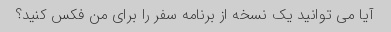
آیا می توانید یک نسخه از برنامه سفر را برای من فکس کنید؟